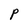
Character: P